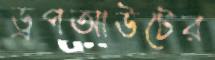
ড্রপআউটের